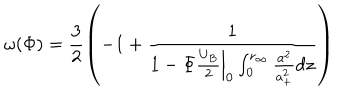
LaTeX: \omega ( \Phi ) = \frac { 3 } { 2 } \left( - 1 + \frac { 1 } { 1 - \left. \Phi \frac { U _ { B } } { 2 } \right| _ { 0 } \int _ { 0 } ^ { r _ { \infty } } \frac { a ^ { 2 } } { a _ { + } ^ { 2 } } d z } \right)